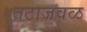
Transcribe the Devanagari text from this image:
तटाजवळ